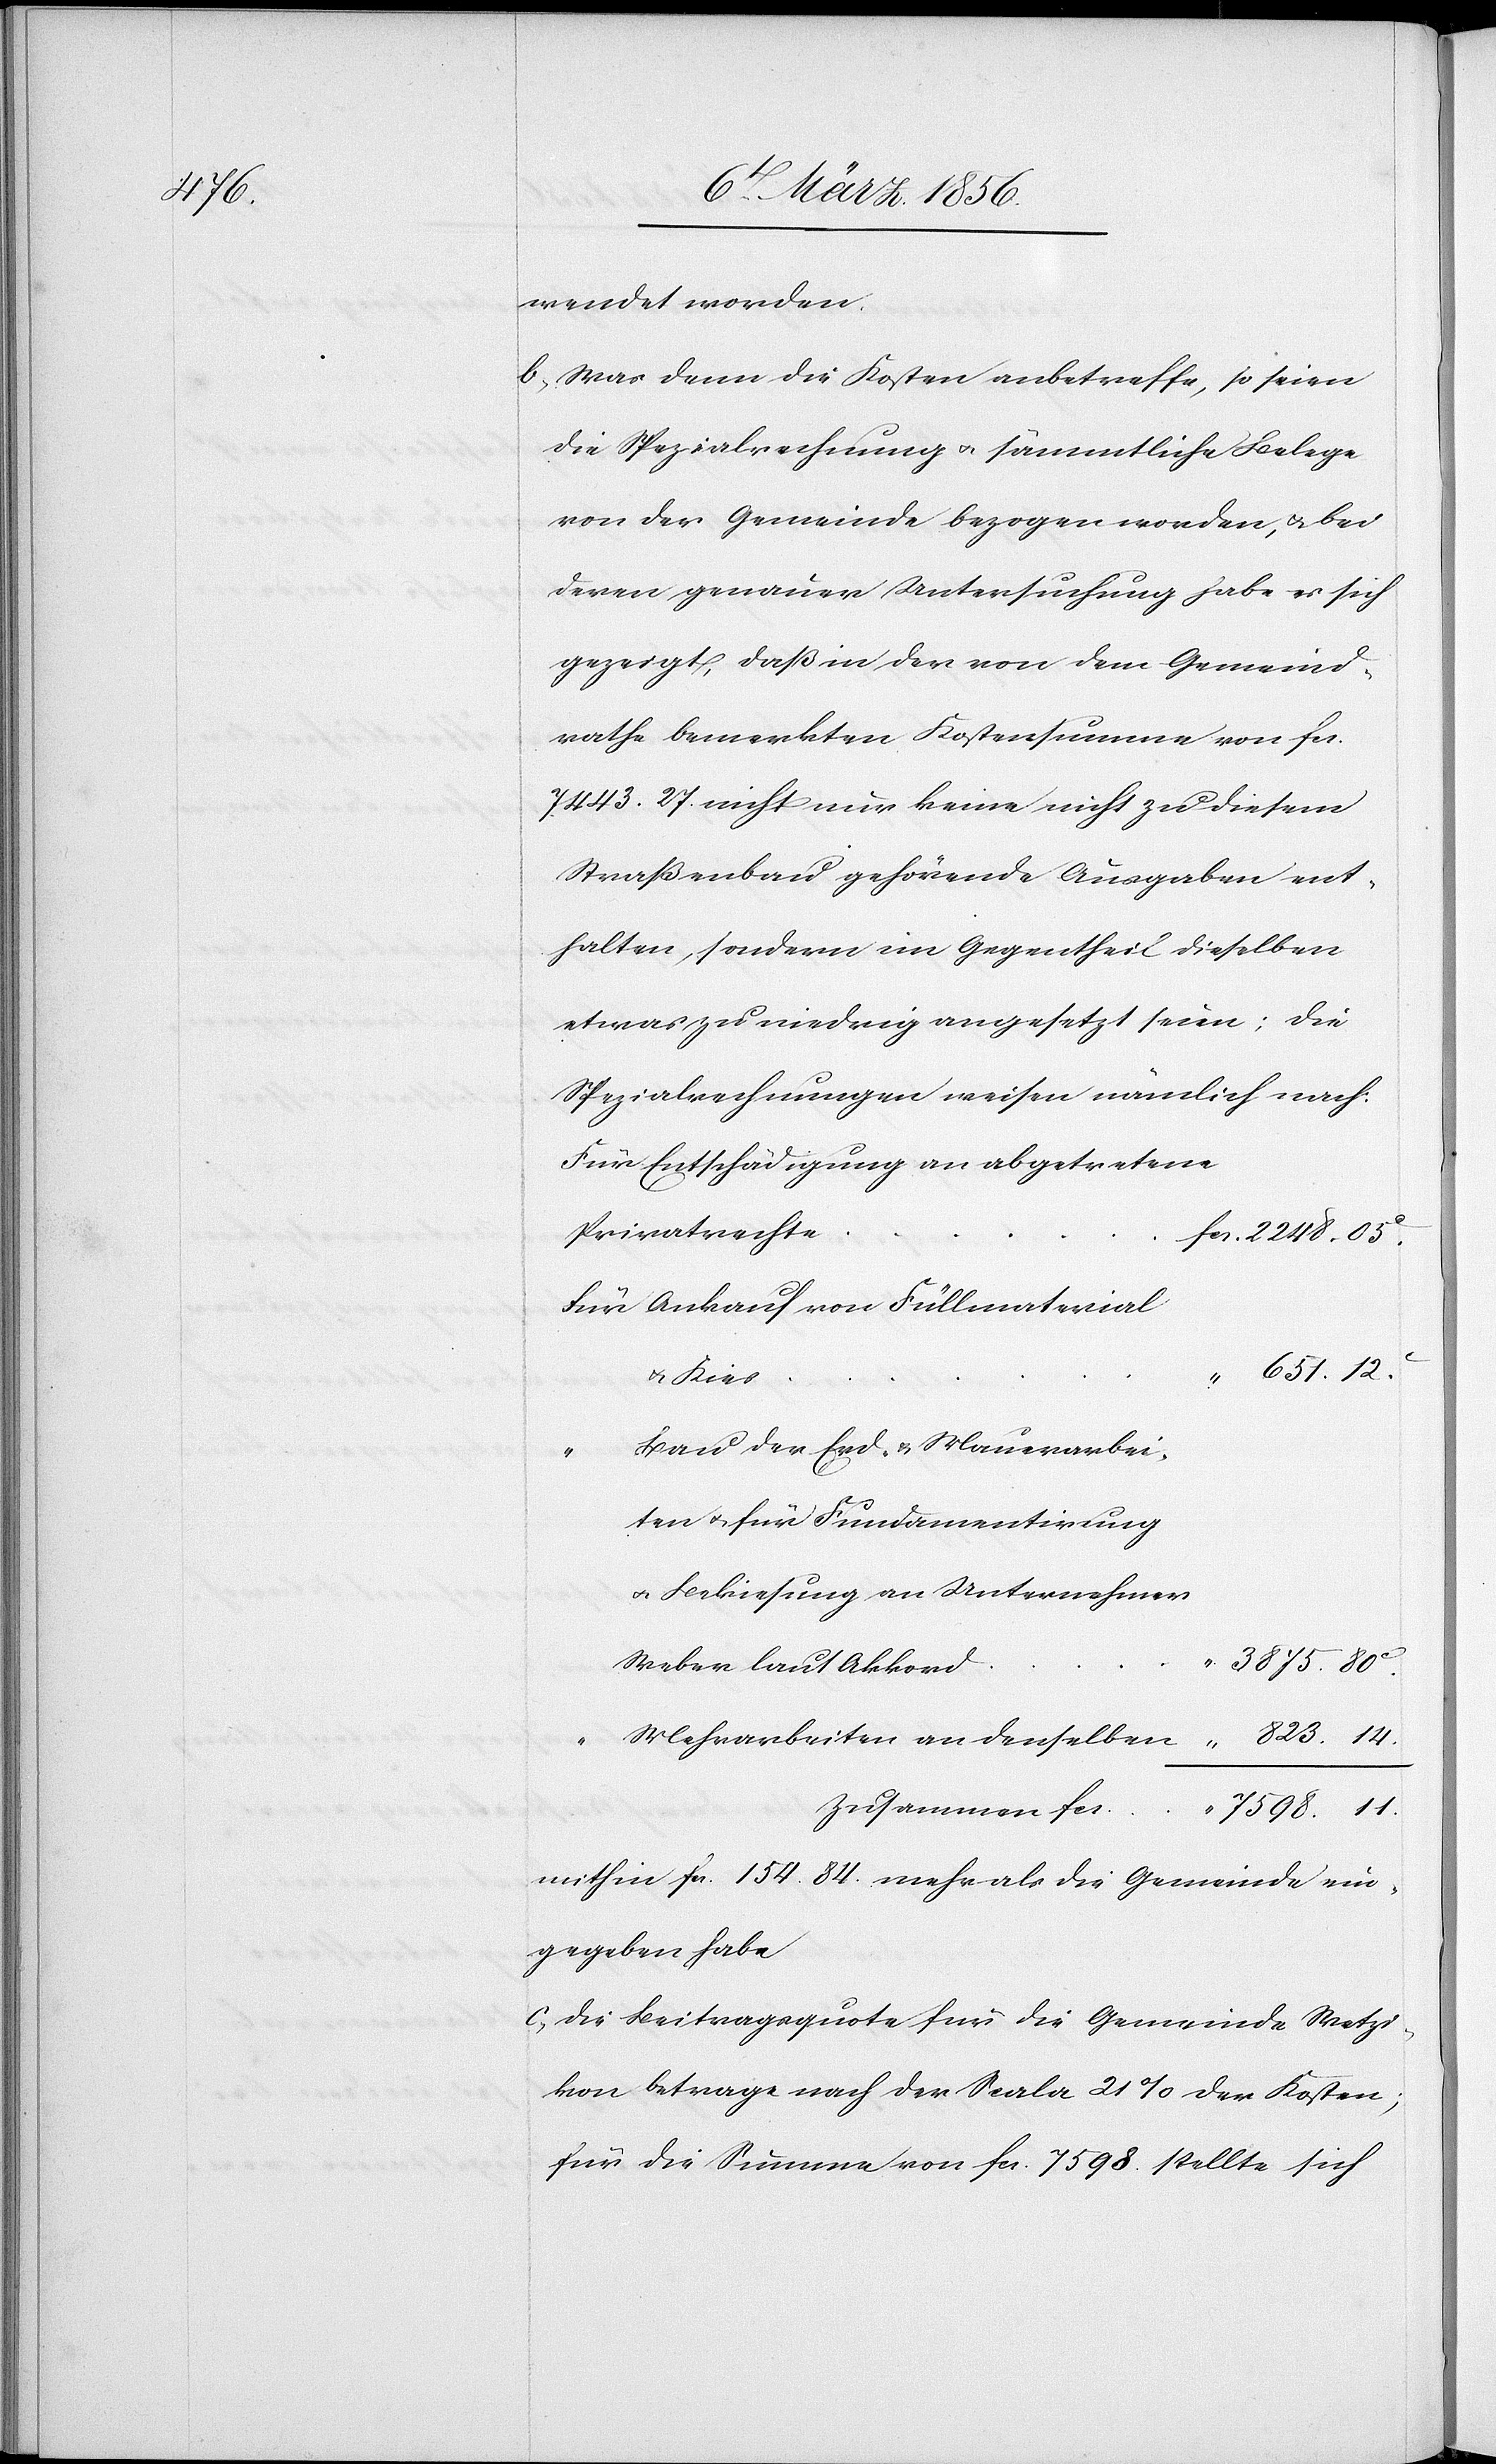
3875.

14.

wendet worden.
b., Was denn die Kosten anbetreffe, so seien
die Spezialrechnung u. sämmtliche Belege
von der Gemeinde bezogen worden, u. bei
deren genauer Untersuchung habe es sich
gezeigt, daß in der von dem Gemeind¬
rathe bemerkten Kostensumme von fcs.
7443. 27. nicht nur keine nicht zu diesem
Straßenbau gehörende Ausgaben ent¬
halten, sondern im Gegentheil dieselben
etwas zu niedrig angesetzt seien; die
Spezialrechnungen weisen nämlich nach:
Entschädigung an abgetretene
Privatrechte
Ankauf von Füllmaterial
u. Kies
Bau der Erd- & Mauerarbei¬
ten u. für Fundamentirung
u. Bekiesung an Unternehmer
Weber laut Akkord
Zusammen fcs.
7598.
mithin fcs. 154. 84. mehr als die Gemeinde ein¬
gegeben habe
c., Die Beitragsquote für die Gemeinde Wetzi¬
kon betrage nach der Scala 21% der Kosten;
für die Summe von fcs. 7598. stellte sich